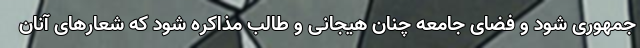
جمهوری شود و فضای جامعه چنان هیجانی و طالب مذاکره شود که شعارهای آنان